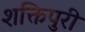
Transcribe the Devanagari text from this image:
शक्तिपुरी